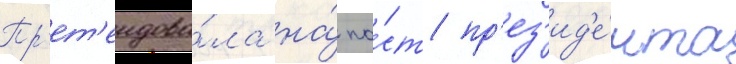
Пр'ет'ендова́ла на́ по́ст пр'ез'ид'е́нта